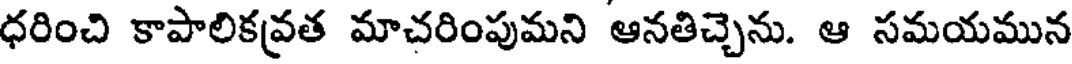
ధరించి కాపాలికవ్రత మాచరింపుమని ఆనతిచ్చెను. ఆ సమయమున